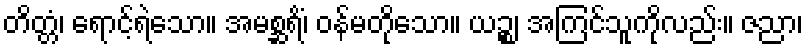
တိတ္တံ၊ ရောင့်ရဲသော။ အမစ္ဆရိံ၊ ဝန်မတိုသော။ ယဉ္စ၊ အကြင်သူကိုလည်း။ ဇညာ၊